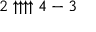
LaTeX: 2 \uparrow \uparrow \uparrow \uparrow 4 - 3